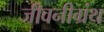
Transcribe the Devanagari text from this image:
जीवनीग्रंथ